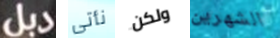
دبل نأتى ولكن الشهرين